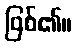
ဖြစ်၏။